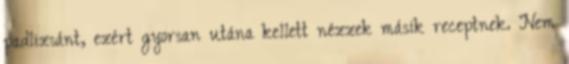
padlizsánt, ezért gyorsan utána kellett nézzek másik receptnek. Nem